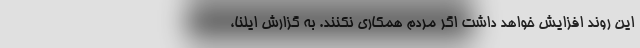
این روند افزایش خواهد داشت اگر مردم همکاری نکنند. به گزارش ایلنا،